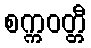
စက္ကဝတ္တီ